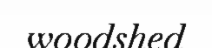
woodshed